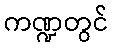
ကဏ္ဍတွင်